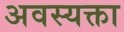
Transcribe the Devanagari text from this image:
अवस्यक्ता